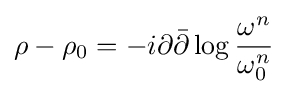
\rho -\rho _{0}=-i\partial {\bar {\partial }}\log {\frac {\omega ^{n}}{\omega _{0}^{n}}}